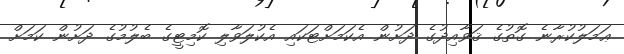
ޢަމަލުކުރާނެ ގޮތުގެ ޤަވާއިދުގެ ދަށުން އެކަމަށްޓަކައި އެކުލަވާލި ކޮމިޓީގެ ބެލުމުގެ ދަށުން ކަމަށް